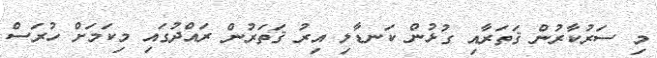
މި ސަރުކާރުން ޤަތަރާއި ގުޅުން ކަނޑާލި އިރު ޤަތަރުން ރައްދުގައި މިކަމަށް ހުރަސް